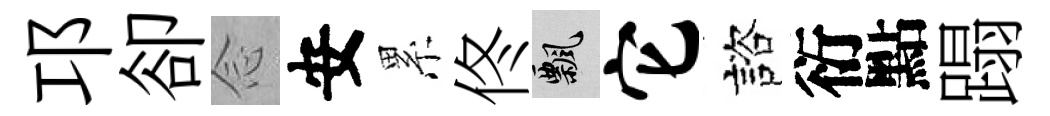
邛卻𫝹安累佟飄它諮衍點蹋